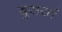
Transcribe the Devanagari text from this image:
दुसर्या